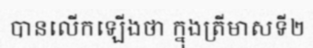
បានលើកឡើងថា ក្នុងត្រីមាសទី២